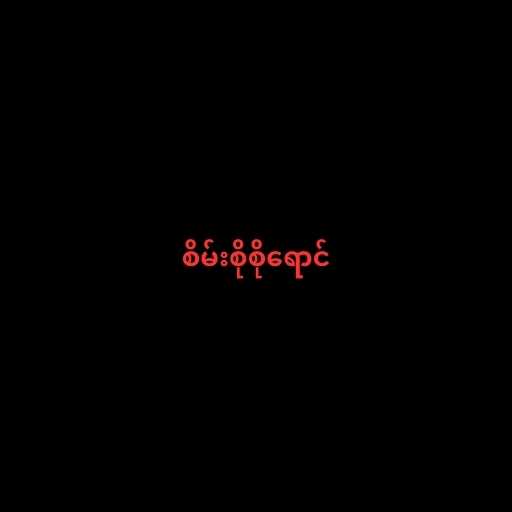
စိမ်းစိုစိုရောင်